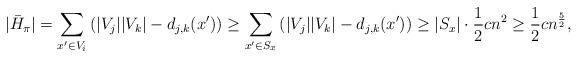
LaTeX: \begin{align*} |\bar{H}_\pi|= \sum_{x'\in V_i} \left(|V_j||V_k|-d_{j,k}(x')\right) \geq \sum_{x'\in S_x} \left(|V_j||V_k|-d_{j,k}(x')\right) \geq |S_x| \cdot \frac{1}{2}cn^2\geq \frac{1}{2}cn^{\frac{5}{2}},\end{align*}